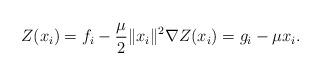
LaTeX: \begin{align*} \begin{aligned} Z(x_i) = f_i - \frac{\mu}{2} \|x_i\|^2 \nabla Z(x_i) = g_i - \mu x_i. \end{aligned}\end{align*}